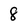
Character: 8